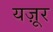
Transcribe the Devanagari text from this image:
यज़ूर